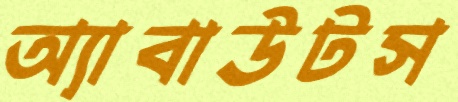
অ্যাবাউটস